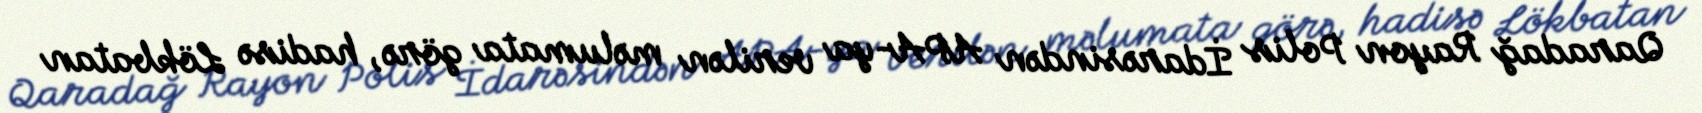
Qaradağ Rayon Polis İdarəsindən APA-ya verilən məlumata görə, hadisə Lökbatan